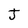
Character: J